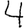
Digit: 4